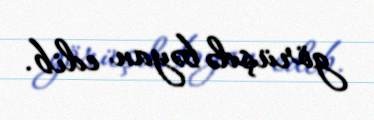
görüşdə bəyan edib.